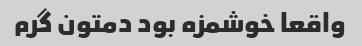
واقعا خوشمزه بود دمتون گرم